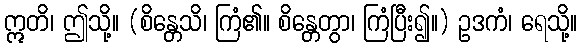
ဣတိ၊ ဤသို့။ (စိန္တေသိ၊ ကြံ၏။ စိန္တေတွာ၊ ကြံပြီး၍။) ဥဒကံ၊ ရေသို့။